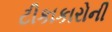
ટીકાકારોની